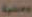
وعية